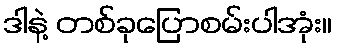
ဒါနဲ့ တစ်ခုပြောစမ်းပါအုံး။